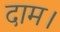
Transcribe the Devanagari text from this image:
दाम।